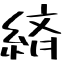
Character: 緕